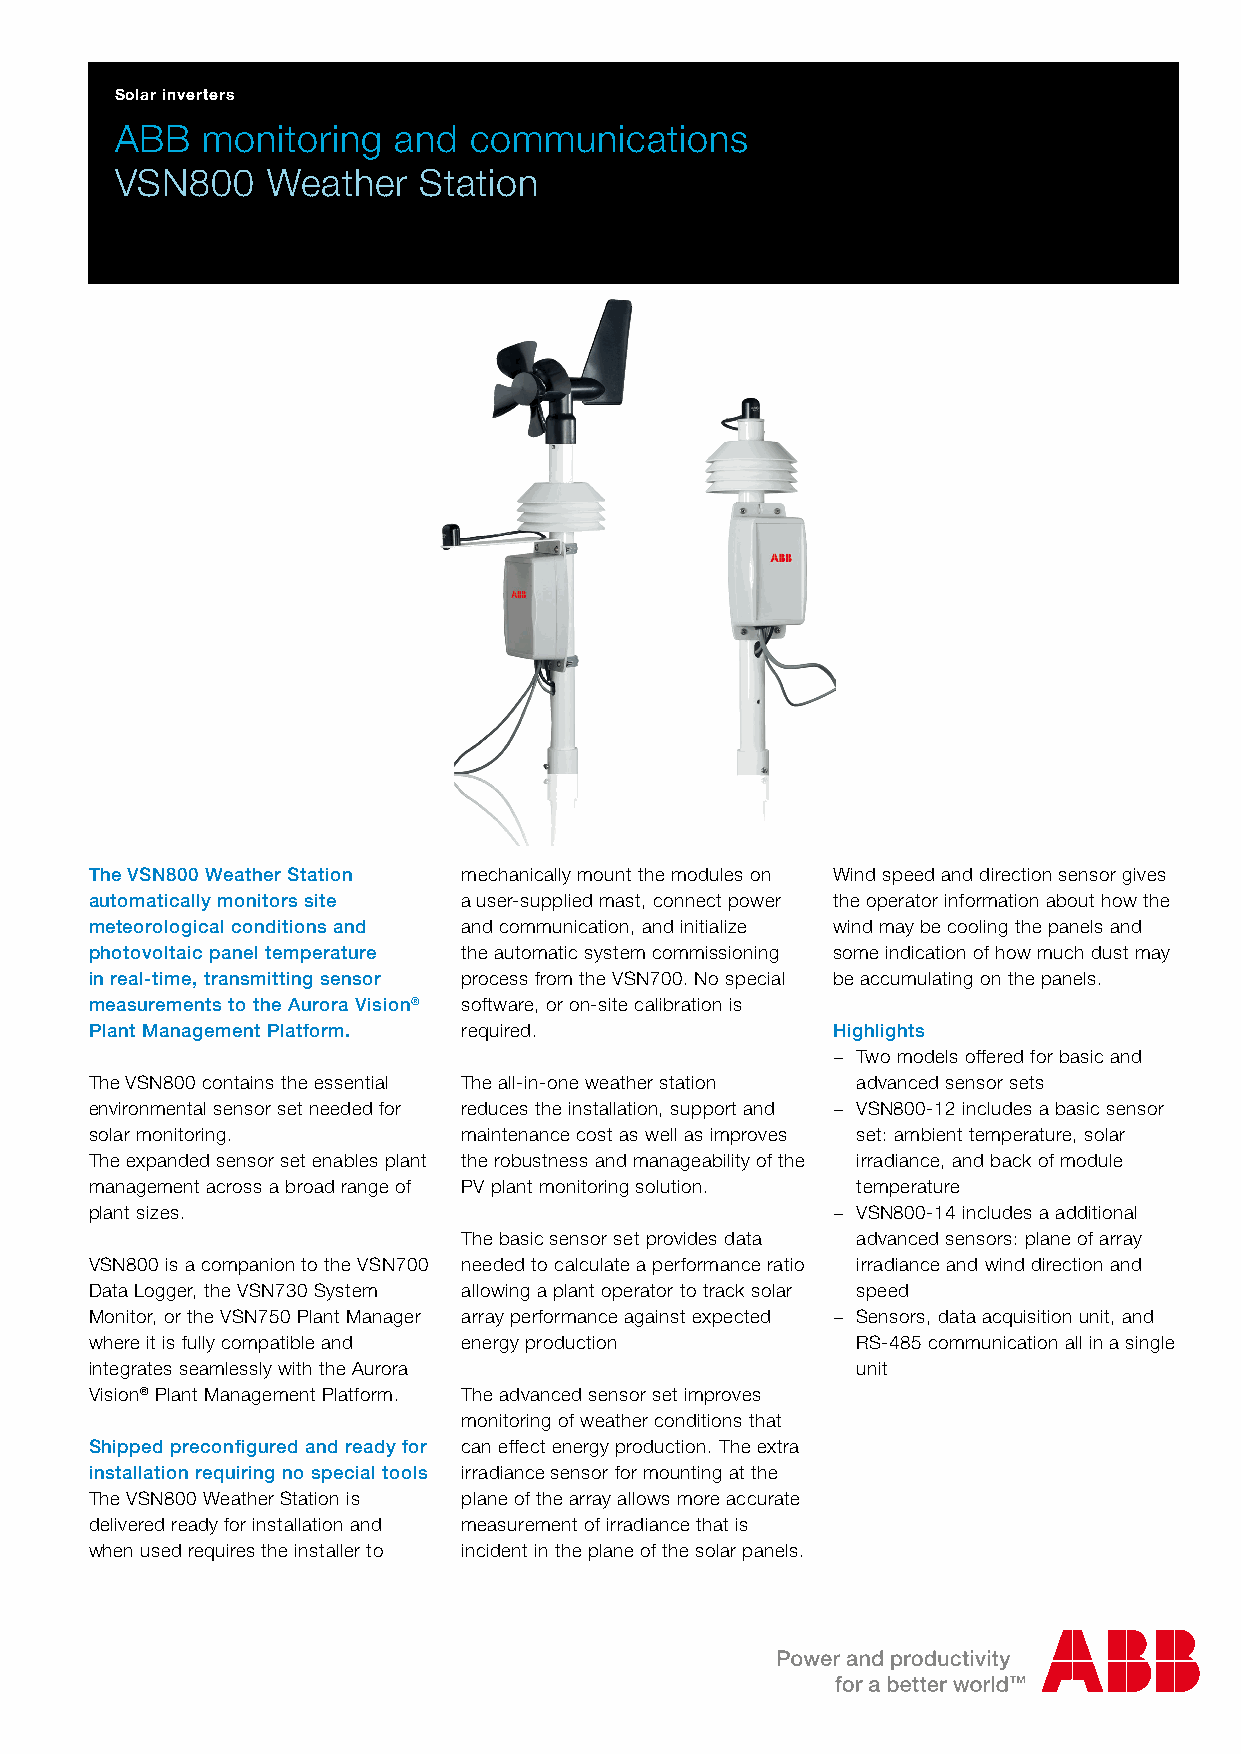
Solar inverters
 ABB  monitoring   and  communications
 VSN800    Weather   Station
 The VSN800 Weather Station mechanically mount the modules on Wind speed and direction sensor gives
 automatically monitors site a user-supplied mast, connect power the operator information about how the
 meteorological conditions and and communication, and initialize wind may be cooling the panels and
 photovoltaic panel temperature the automatic system commissioning some indication of how much dust may
 in real-time, transmitting sensor process from the VSN700. No special be accumulating on the panels.
 measurements to the Aurora Vision® software, or on-site calibration is
 Plant Management Platform. required.             Highlights
 − Two models offered for basic and
 The VSN800 contains the essential The all-in-one weather station advanced sensor sets
 environmental sensor set needed for reduces the installation, support and − VSN800-12 includes a basic sensor
 solar monitoring.        maintenance cost as well as improves set: ambient temperature, solar
 The expanded sensor set enables plant the robustness and manageability of the irradiance, and back of module
 management across a broad range of PV plant monitoring solution. temperature
 plant sizes.                                     − VSN800-14 includes a additional
 The basic sensor set provides data advanced sensors: plane of array
 VSN800 is a companion to the VSN700 needed to calculate a performance ratio irradiance and wind direction and
 Data Logger, the VSN730 System allowing a plant operator to track solar speed
 Monitor, or the VSN750 Plant Manager array performance against expected − Sensors, data acquisition unit, and
 where it is fully compatible and energy production RS-485 communication all in a single
 integrates seamlessly with the Aurora              unit
 Vision® Plant Management Platform. The advanced sensor set improves
 monitoring of weather conditions that
 Shipped preconfigured and ready for can effect energy production. The extra
 installation requiring no special tools irradiance sensor for mounting at the
 The VSN800 Weather Station is plane of the array allows more accurate
 delivered ready for installation and measurement of irradiance that is
 when used requires the installer to incident in the plane of the solar panels.